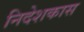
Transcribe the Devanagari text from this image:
निदेशकास